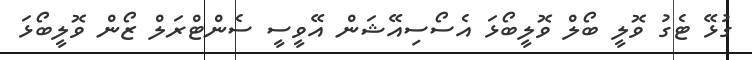
ގުޅޭ ޓެގު ވޮލީ ބޯލް ވޮލީބޯޅަ އެސޯސިއޭޝަން އޭވީސީ ސެންޓްރަލް ޒޯން ވޮލީބޯޅަ